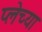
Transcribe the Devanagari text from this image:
प्लेच्या